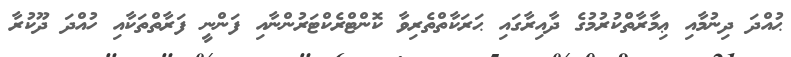
ޙުއްދަ ދިނުމާއި ޢިމާރާތްކުރުމުގެ ދާއިރާގައި ޙަރަކާތްތެރިވާ ކޮންޓްރެކްޓަރުންނާއި ފަންނީ ފަރާތްތަކާއި ހުއްދަ ދޫކުރާ